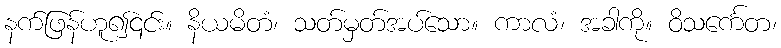
နက်ဖြန်ဟူ၍၎င်း။ နိယမိတံ၊ သတ်မှတ်အပ်သော။ ကာလံ၊ အခါကို။ ဝိသင်္ကေတ၊